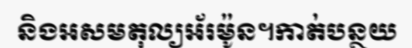
និងអសមតុល្យអ័រម៉ូន។កាត់បន្ថយ